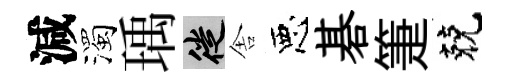
減濁瑀徙舎惡碁箑兢